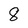
Character: 8